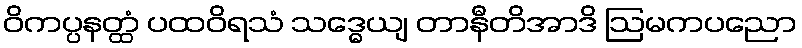
ဝိကပ္ပနတ္ထံ ပထဝိရသံ သဒ္ဓေယျ တာနီတိအာဒိ ဩမကပညော